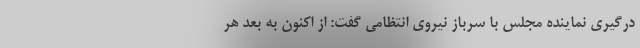
درگیری نماینده مجلس با سرباز نیروی انتظامی گفت: از اکنون به بعد هر